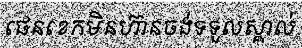
ផេនខេកមិនហ៊ានចង់ទទួលស្គាល់